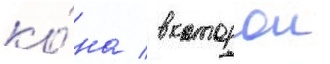
ко́на / в которои